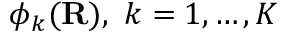
\phi _ { k } ( \mathbf { R } ) , \ k = 1 , \ldots , K